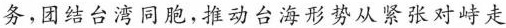
务，团结台湾同胞，推动台海形势从紧张对峙走